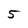
Character: 5